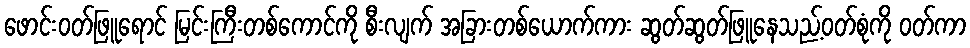
ဖောင်းဝတ်ဖြူရောင် မြင်းကြီးတစ်ကောင်ကို စီးလျက် အခြားတစ်ယောက်ကား ဆွတ်ဆွတ်ဖြူနေသည့်ဝတ်စုံကို ဝတ်ကာ